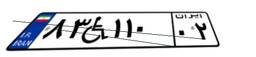
۸۳W۱۱۰۰۲